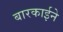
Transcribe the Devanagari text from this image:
बारकार्इने